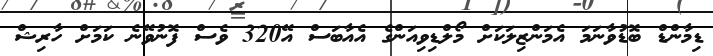
ޑިމާންޑް ބޮޑުވާނަމަ އެމަންޒިލަކަށް މޯލްޑިވިއަންގެ އެއާބަސް އޭ320 ވެސް ފޮނުވޭނެ ކަމަށް ހާރިޝް